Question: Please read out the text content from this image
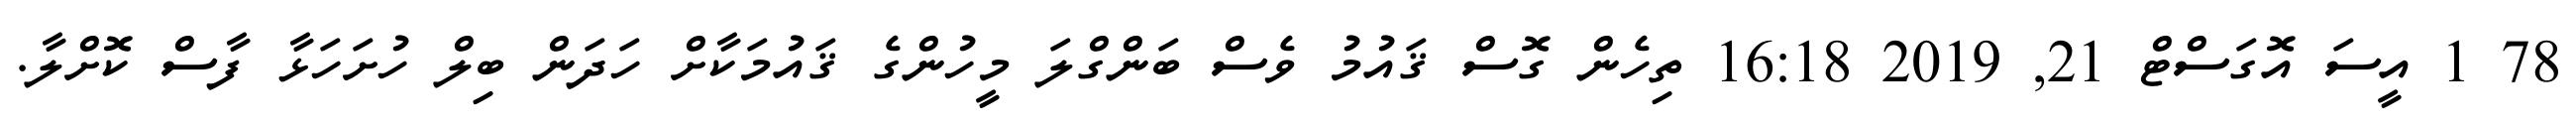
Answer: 78 1 އީސަ އޮގަސްޓް 21, 2019 16:18 ތިހެން ގޮސް ޤައުމު ވެސް ބަންގްލަ މީހުންގެ ޤައުމަކާށް ހަދަން ބިލް ހުށަހަޅާ ފާސް ކޮށްލާ.